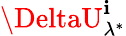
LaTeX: \DeltaU_{\lambda^{*}}^{\mathbf{i}}